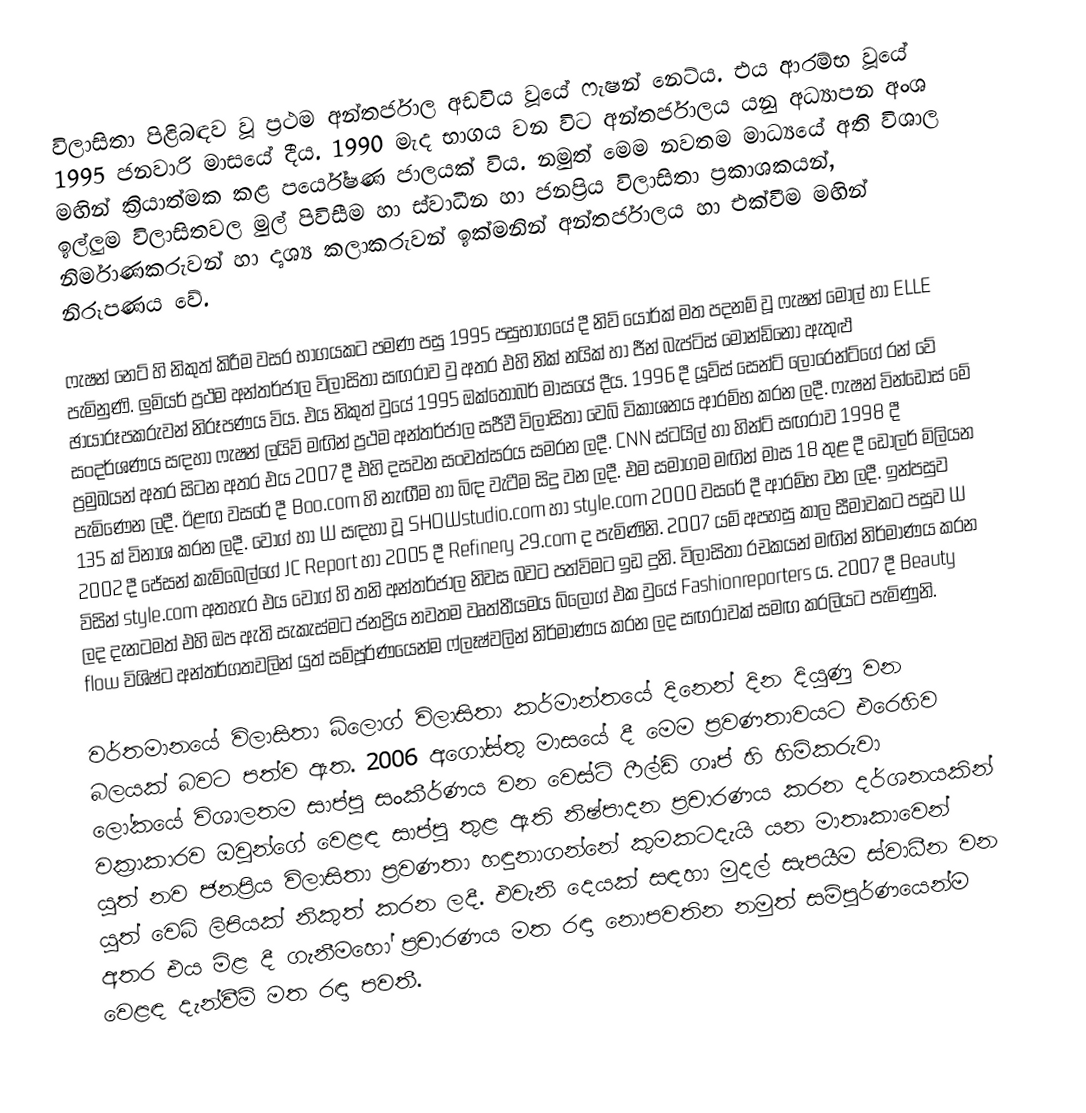
විලාසිතා පිළිබඳව වූ ප්‍රථම අන්තර්ජාල අඩවිය වූයේ ෆැෂන් නෙට්ය. එය ආරම්භ වූයේ 1995 ජනවාරි මාසයේ දීය. 1990 මැද භාගය වන විට  අන්තර්ජාලය යනු අධ්‍යාපන අංශ මඟින් ක්‍රියාත්මක කළ පර්යේෂණ ජාලයක් විය. නමුත් මෙම නවතම මාධ්‍යයේ අති විශාල ඉල්ලුම විලාසිතවල මුල් පිවිසීම හා ස්වාධීන හා ජනප්‍රිය විලාසිතා ප්‍රකාශකයන්, නිර්මාණකරුවන් හා දෘශ්‍ය කලාකරුවන් ඉක්මනින් අන්තර්ජාලය හා එක්වීම මඟින් නිරූපණය වේ.

ෆැෂන් නෙට් හි නිකුත් කිරීම වසර භාගයකට පමණ පසු 1995 පසුභාගයේ දී නිව් යෝර්ක් මත පදනම් වූ ෆැෂන් මෝල් හා ELLE පැමිනුණි. ලුමියර් ප්‍රථම අන්තර්ජාල විලාසිතා සඟරාව වු අතර එහි නික් නයික් හා ජීන් බැප්ටිස් මොන්ඩිනෝ ඇතුළු ඡායාරූපකරුවන් නිරූපණය විය. එය නිකුත් වුයේ 1995 ඔක්තෝබර් මාසයේ දීය. 1996 දී යූව්ස් සෙන්ට් ලොරෙන්ට්ගේ රන් වේ සංදර්ශණය සඳහා ෆැෂන් ලයිව් මඟින් ප්‍රථම අන්තර්ජාල සජීවී විලාසිතා වෙබ් විකාශනය ආරම්භ කරන ලදී. ෆැෂන් වින්ඩෝස් මේ ප්‍රමුඛයන් අතර සිටන අතර එය 2007 දී එහි දසවන සංවත්සරය සමරන ලදී. CNN ස්ටයිල් හා හින්ට් සඟරාව 1998 දී පැමිණෙන ලදී. ඊළඟ වසරේ දී Boo.com හි නැඟීම හා බිඳ වැටීම සිදු වන ලදී. එම සමාගම මඟින් මාස 18 තුළ දී ඩොලර් මිලියන 135 ක් විනාශ කරන ලදී. වෝග් හා W සඳහා වූ SHOWstudio.com හා style.com 2000 වසරේ දී ආරම්භ වන ලදී. ඉන්පසුව 2002 දී ජේසන් කැම්බෙල්ගේ JC Report හා 2005 දී Refinery 29.com ද පැමිණිනි. 2007 යම් අපහසු කාල සීමාවකට පසුව W විසින් style.com අතහැර එය වෝග් හි තනි අන්තර්ජාල නිවස බවට පත්විමට ඉඩ දුනි. විලාසිතා රචකයන් මඟින් නිර්මාණය කරන ලද දැනටමත් එහි ඔප ඇති සැකැස්මට ජනප්‍රිය නවතම වෘත්තීයමය බ්ලොග් එක වුයේ Fashionreporters ය. 2007 දී Beauty flow විශිෂ්ට අන්තර්ගතවලින් යුත් සම්පූර්ණයෙන්ම ෆ්ලෑෂ්වලින් නිර්මාණය කරන ලද සඟරාවක් සමඟ කරලියට ‍පැමිණුනි.

වර්තමානයේ විලාසිතා බ්ලොග් විලාසිතා කර්මාන්තයේ දිනෙන් දින දියුණු වන බලයක් බවට පත්ව ඇත. 2006 අගෝස්තු මාසයේ දී මෙම ප්‍රවණතාවයට එරෙහිව ලෝකයේ විශාලතම සාප්පු සංකීර්ණය වන වෙස්ට් ෆීල්ඩ් ගෘප් හි හිමිකරුවා වක්‍රාකාරව ඔවුන්ගේ වෙළඳ සාප්පු තුළ ඇති නිෂ්පාදන ප්‍රචාරණය කරන දර්ශනයකින් යුත් නව ජනප්‍රිය විලාසිතා ප්‍රවණතා හඳුනාගන්නේ කුමකටදැයි යන මාතෘකාවෙන් යුත් වෙබ් ලිපියක් නිකුත් කරන ලදී. එවැනි දෙයක් සඳහා මුදල් සැපයීම ස්වාධීන වන අතර එය මිළ දී ගැනීම‍හෝ ප්‍රචාරණය මත රඳා නොපවතින නමුත් සම්පූර්ණයෙන්ම වෙළඳ දැන්වීම් මත රඳා පවතී.